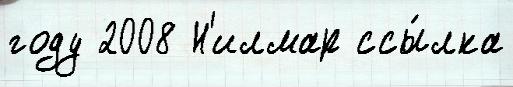
году 2008 Н'илмар ссы́лка